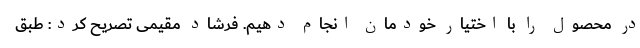
در محصول را با اختیار خودمان انجام دهیم. فرشاد مقیمی تصریح کرد: طبق